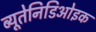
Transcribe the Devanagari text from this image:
ब्यूतेनिडिओइक